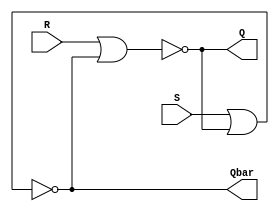
`timescale 1ns / 1ps
//////////////////////////////////////////////////////////////////////////////////
// Company: 
// Engineer: 
// 
// Design Name: 
// Module Name: SR_Latch
// Project Name: 
// Target Devices: 
// Tool Versions: 
// Description: 
// 
// Dependencies: 
// 
// Revision:
// Revision 0.01 - File Created
// Additional Comments:
// 
//////////////////////////////////////////////////////////////////////////////////

module SR_Latch(input S, R, output Q, Qbar);
    nor #1 N1(Q, R, Qbar);
    nor #1 N2(Qbar, S, Q);
endmodule